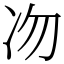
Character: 𠖳